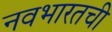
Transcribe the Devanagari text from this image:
नवभारतची